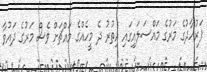
ފަރުހާދުގެ މަރުގެ މައްސަލައިގައި އިތުރު ދެ މީހެއްގެ މައްޗަށް ވެސް މަރުގެ ދައުވާ